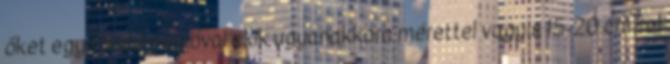
őket egy tündérmanóval akik ugyanakkora mérettel vagyis 15-20 cm-rel